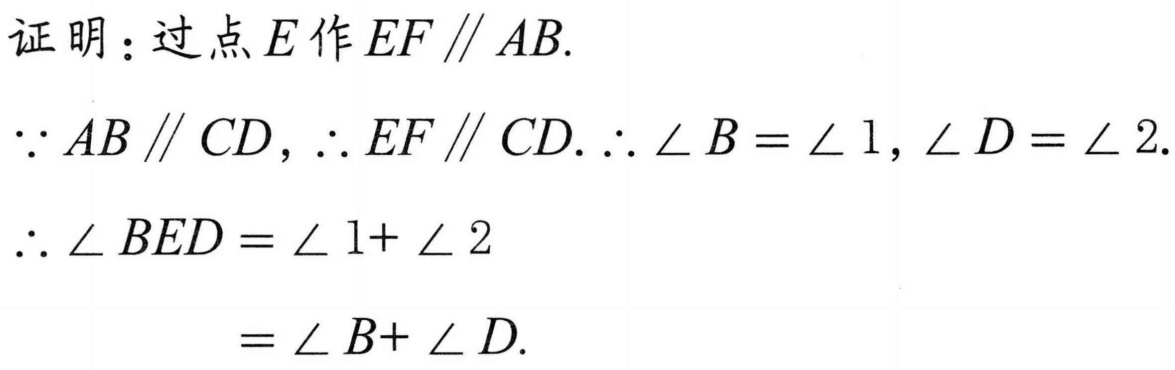
证明：过点\(E\)作\(EF\parallel AB\).
\(\because AB\parallel CD\)，\(\therefore EF\parallel CD\). \(\therefore\angle B=\angle 1\)，\(\angle D = \angle 2\).
\(\therefore\angle BED=\angle 1+\angle 2\)
\(=\angle B+\angle D\).